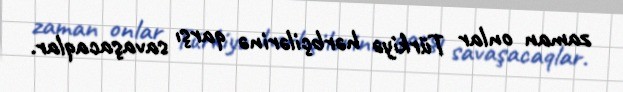
zaman onlar Türkiyə hərbçilərinə qarşı savaşacaqlar.